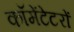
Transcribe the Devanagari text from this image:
कॉमेंटेटरों